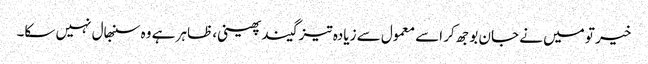
خیر تو میں نے جان بوجھ کر اسے معمول سے زیادہ تیز گیند پھینی، ظاہر ہے وہ سنبھال نہیں سکا۔